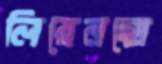
লিয়েনহো